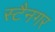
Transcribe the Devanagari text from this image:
स्टैनगर